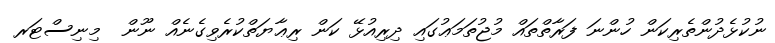
ނުކުޅެދުންތެރިކަން ހުންނަ ފަރާތްތައް މުޖުތަމަޢުގައި ދިރިއުޅޭ ކަން ރިޢާޔަތްކުރެވިގެނެއް ނޫން  މިނިސްޓަރ